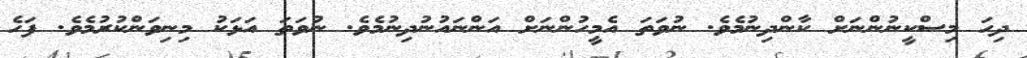
ދިހަ މިސްކީނުންނަށް ކާންދިނުމެވެ. ނުވަތަ އެމީހުންނަށް އަންނައުނުދިނުމެވެ. ނުވަތަ އަޅަކު މިނިވަންކުރުމެވެ. ފަހެ